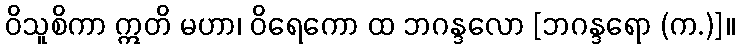
ဝိသူစိကာ ဣတိ မဟာ၊ ဝိရေကော ထ ဘဂန္ဒလော [ဘဂန္ဒရော (က.)]။